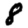
Digit: 8